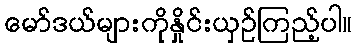
မော်ဒယ်များကိုနှိုင်းယှဉ်ကြည့်ပါ။